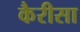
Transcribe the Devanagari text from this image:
कैरीसा